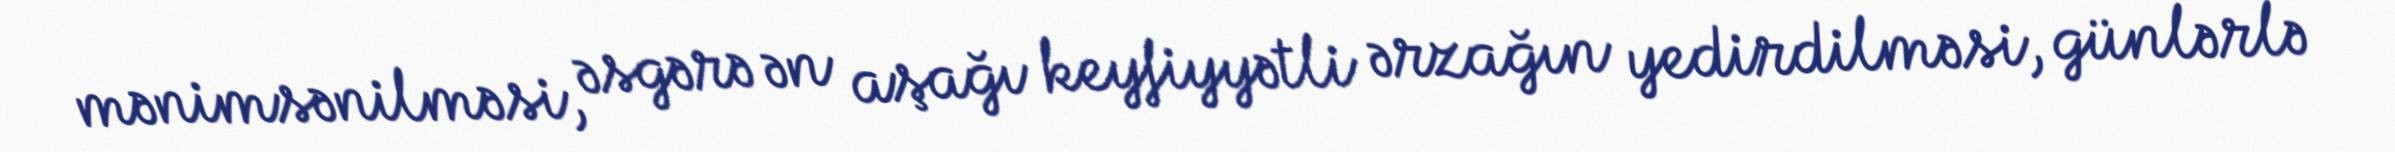
mənimsənilməsi, əsgərə ən aşağı keyfiyyətli ərzağın yedirdilməsi, günlərlə